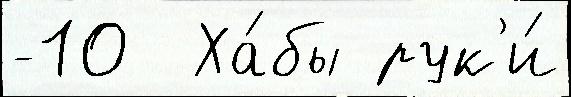
-10  Ха́бы рук'и́